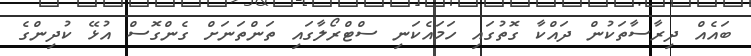
ބައެއް ދިރާސާތަކުން ދައްކާ ގޮތުގައި ހަމައެކަނި ސްޓްރޯލާގައި ތަންތަނަށް ގެންގޮސް އުޅޭ ކުދިންގެ